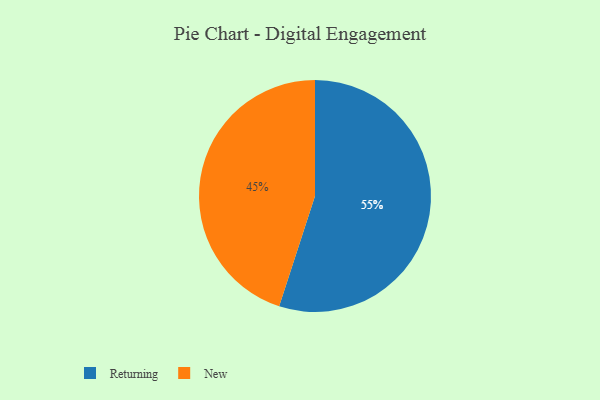
{"axis": {"x": "Category", "y": "Percentage"}, "legend": ["New", "Returning"], "data": [{"x": "New", "y": 45, "type": "New"}, {"x": "Returning", "y": 55, "type": "Returning"}]}